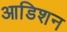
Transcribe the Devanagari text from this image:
आडिशन